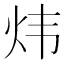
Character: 炜